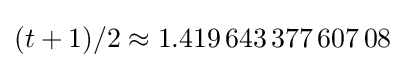
(t+1)/2\approx 1.419\,643\,377\,607\,08